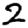
Digit: 2